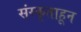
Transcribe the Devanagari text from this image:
संस्कृताहून